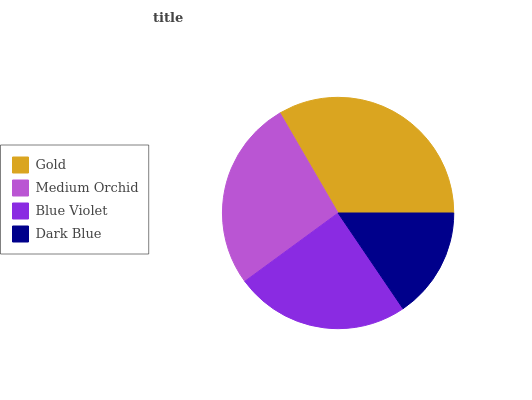
| Gold | Medium Orchid | Blue Violet | Dark Blue |
 | --- | --- | --- | --- |
 | 33.4% | 26.7% | 24.3% | 15.5% |